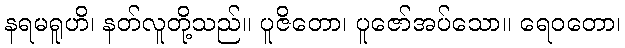
နရမရူဟိ၊ နတ်လူတို့သည်။ ပူဇိတော၊ ပူဇော်အပ်သော။ ရေဝတော၊